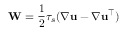
\mathbf { W } = \frac { 1 } { 2 } \tau _ { s } ( \nabla \mathbf { u } - \nabla \mathbf { u } ^ { \top } )